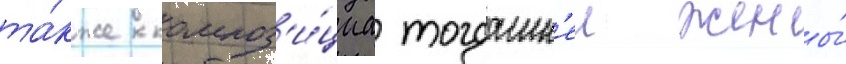
та́кже композ'и́циа тогдашн'еи жены́